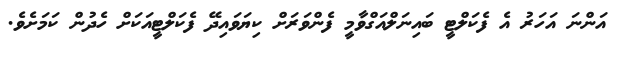
އަންނަ އަހަރު އެ ފެކަލްޓީ ބައިނަލްއަގްވާމީ ފެންވަރަށް ކިޔަވައިދޭ ފެކަލްޓީއަކަށް ހެދުން ކަމަށެވެ.